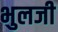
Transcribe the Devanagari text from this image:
भुलजी